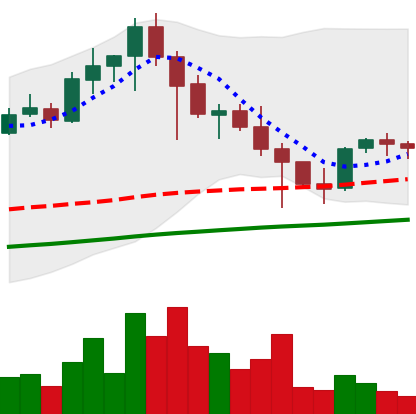
Ticker: EOS-USD
Chart end date: 2021-04-29
Forward return: 8.141%
Label: up_7plus